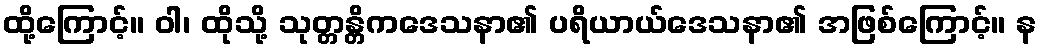
ထို့ကြောင့်။ ဝါ၊ ထိုသို့ သုတ္တန္တိကဒေသနာ၏ ပရိယာယ်ဒေသနာ၏ အဖြစ်ကြောင့်။ န